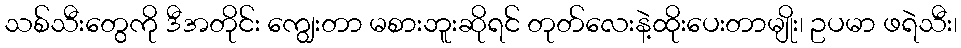
သစ်သီးတွေကို ဒီအတိုင်း ကျွေးတာ မစားဘူးဆိုရင် တုတ်လေးနဲ့ထိုးပေးတာမျိုး၊ ဥပမာ ဖရဲသီး၊